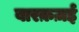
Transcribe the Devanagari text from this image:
बारक़ज़ई